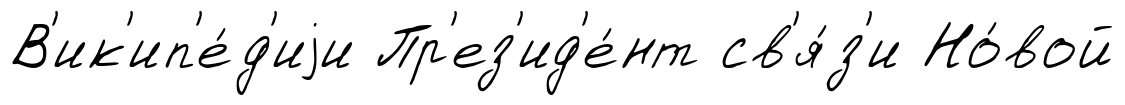
В'ик'ип'е́д'иjи Пр'ез'ид'е́нт св'я́з'и Но́вой